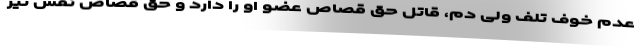
عدم خوف تلف ولی دم، قاتل حق قصاص عضو او را دارد و حق قصاص نفس نیز